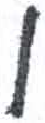
אות: ו